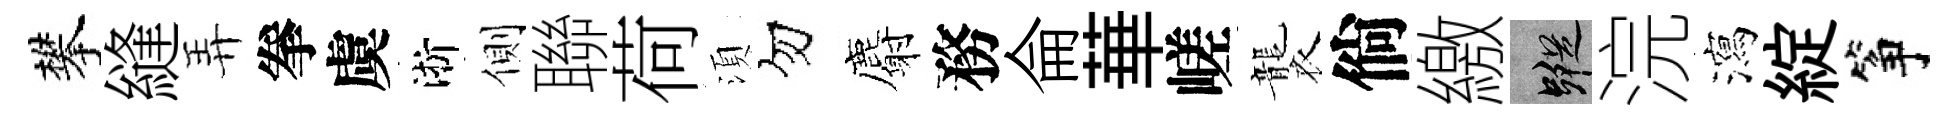
攀縫弄拳虞淅側聯荷湏勿麝務侖華嵯襲倘繳蹤浣瀉綻筝